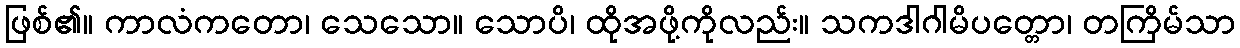
ဖြစ်၏။ ကာလံကတော၊ သေသော။ သောပိ၊ ထိုအဖို့ကိုလည်း။ သကဒါဂါမိပတ္တော၊ တကြိမ်သာ